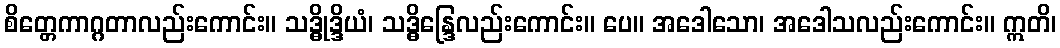
စိတ္တေကာဂ္ဂတာလည်းကောင်း။ သဒ္ဓိုဒ္ဒိယံ၊ သဒ္ဓိန္ဒြေလည်းကောင်း။ ပေ။ အဒေါသော၊ အဒေါသလည်းကောင်း။ ဣတိ၊